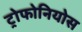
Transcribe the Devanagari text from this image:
ट्रोफोनियोस